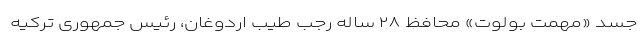
جسد «مهمت بولوت» محافظ ۲۸ ساله رجب طیب اردوغان، رئیس جمهوری ترکیه